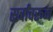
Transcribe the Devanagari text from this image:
सर्वांवरून